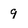
Character: 9